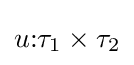
u{\mathbin {:}}\tau _{1}\times \tau _{2}